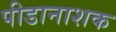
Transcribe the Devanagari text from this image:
पीडानाशक